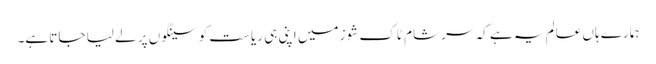
ہمارے ہاں عالم یہ ہے کہ سر شام ٹاک شوز میں اپنی ہی ریاست کو سینگوں پر لے لیا جاتا ہے۔